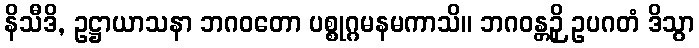
နိသီဒိ, ဥဋ္ဌာယာသနာ ဘဂဝတော ပစ္စုဂ္ဂမနမကာသိ။ ဘဂဝန္တဉှိ ဥပဂတံ ဒိသွာ